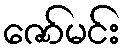
ဇော်မင်း